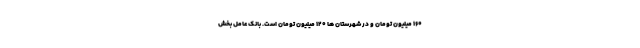
۱۶۰ میلیون تومان و در شهرستان ها ۱۲۰ میلیون تومان است. بانک عامل بخش